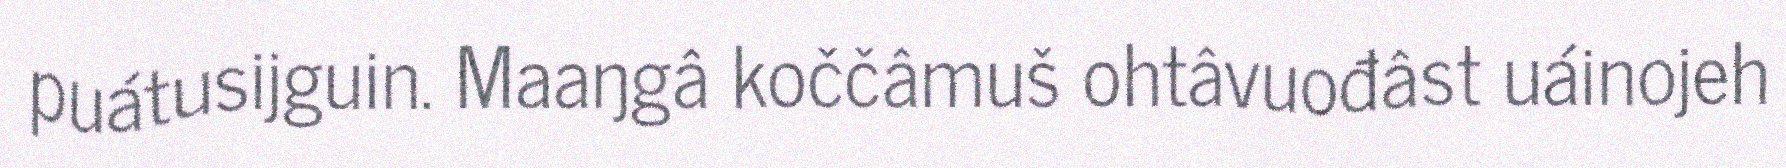
puátusijguin. Maaŋgâ koččâmuš ohtâvuođâst uáinojeh